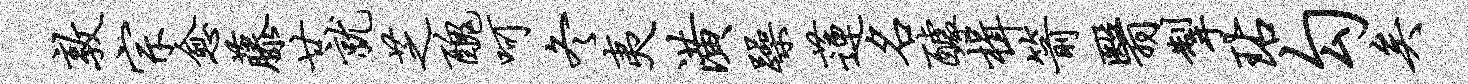
敦宗愈藤廿就芝丑呵冬夷潢躁莲名醵楫箭翳掣玷勾矣